Scientific memoirs by medical officers of the Army of India - Part VIII,
Year: 1894
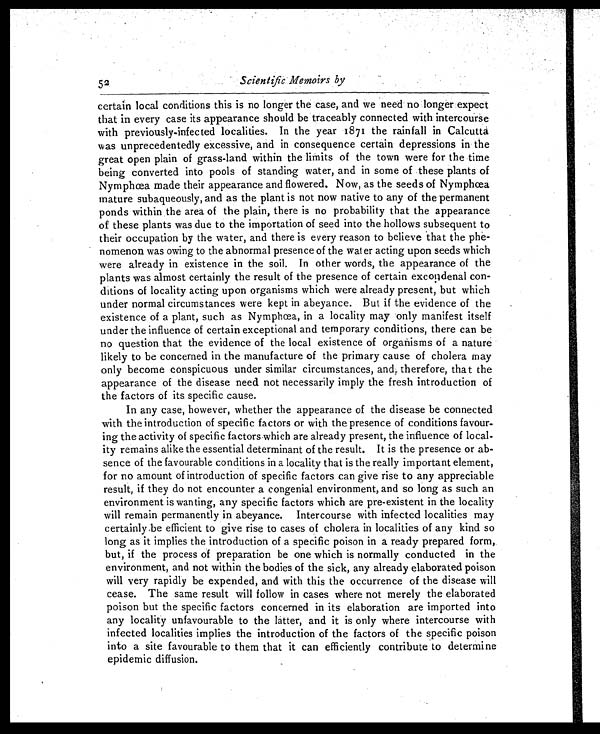
Scientific Memoirs by
certain local conditions this is no longer the case, and we need no longer expect
that in every case its appearance should be traceably connected with intercourse
with previously-infected localities. In the year 1871 the rainfall in Calcutta
was unprecedentedly excessive, and in consequence certain depressions in the
great open plain of grass-land within the limits of the town were for the time
being converted into pools of standing water, and in some of these plants of
Nymphœa made their appearance and flowered. Now, as the seeds of Nymphœa
mature subaqueously, and as the plant is not now native to any of the permanent
ponds within the area of the plain, there is no probability that the appearance
of these plants was due to the importation of seed into the hollows subsequent to
their occupation by the water, and there is every reason to believe that the phe-
nomenon was owing to the abnormal presence of the water acting upon seeds which
were already in existence in the soil. In other words, the appearance of the
plants was almost certainly the result of the presence of certain excotidenal con-
ditions of locality acting upon organisms which were already present, but which
under normal circumstances were kept in abeyance. But if the evidence of the
existence of a plant, such as Nymphœa, in a locality may only manifest itself
under the influence of certain exceptional and temporary conditions, there can be
no question that the evidence of the local existence of organisms of a nature
likely to be concerned in the manufacture of the primary cause of cholera may
only become conspicuous under similar circumstances, and, therefore, that the
appearance of the disease need not necessarily imply the fresh introduction of
the factors of its specific cause.
In any case, however, whether the appearance of the disease be connected
with the introduction of specific factors or with the presence of conditions favour-
ing the activity of specific factorswhich are already present, the influence of local-
ity remains alike the essential determinant of the result. It is the presence or ab-
sence of the favourable conditions in a locality that is the really important element,
for no amount of introduction of specific factors can give rise to any appreciable
result, if they do not encounter a congenial environment, and so long as such an
environment is wanting, any specific factors which are pre-existent in the locality
will remain permanently in abeyance. Intercourse with infected localities may
certainly be efficient to give rise to cases of cholera in localities of any kind so
long as it implies the introduction of a specific poison in a ready prepared form,
but, if the process of preparation be one which is normally conducted in the
environment, and not within the bodies of the sick, any already elaborated poison
will very rapidly be expended, and with this the occurrence of the disease will
cease. The same result will follow in cases where not merely the elaborated
poison but the specific factors concerned in its elaboration are imported into
any locality unfavourable to the latter, and it is only where intercourse with
infected localities implies the introduction of the factors of the specific poison
into a site favourable to them that it can efficiently contribute to determine
epidemic diffusion.
52